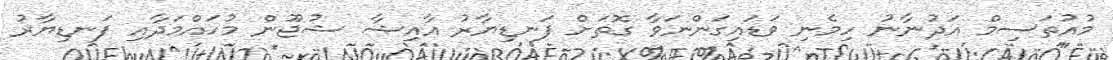
މުއުތަސިމް އަދުނާނު ހިމެނި ވަޑައިގަންނަވާ ގޮތަށް ފަނޑިޔާރު އާއިޝާ ޝުޖޫން މުހައްމަދާއި ފަނޑިޔާރު